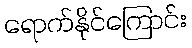
ရောက်နိုင်ကြောင်း